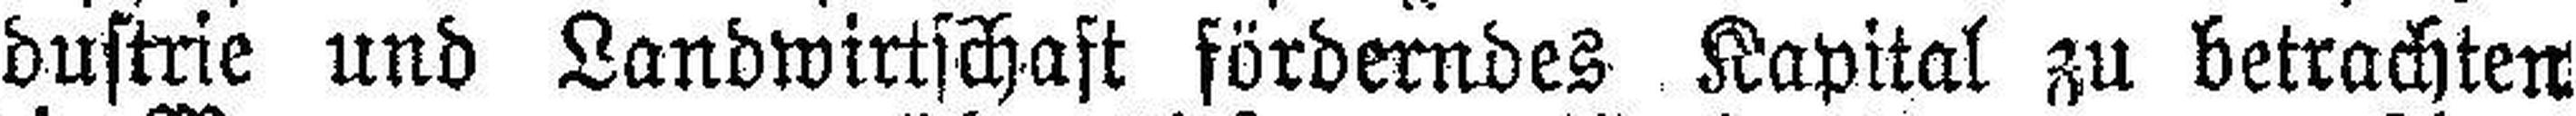
dustrie und Landwirtschaft förderndes Kapital zu betrachten